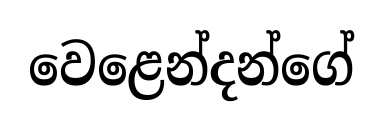
වෙළෙන්දන්ගේ